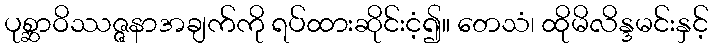
ပုစ္ဆာဝိဿဇ္ဇနာအချက်ကို ရပ်ထားဆိုင်းငံ့၍။ တေသံ၊ ထိုမိလိန္ဒမင်းနှင့်